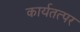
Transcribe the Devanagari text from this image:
कार्यतत्‍पर